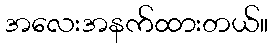
အလေးအနက်ထားတယ်။